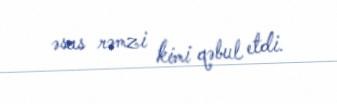
əsas rəmzi kimi qəbul etdi.